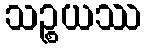
သဉ္စယဿ